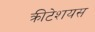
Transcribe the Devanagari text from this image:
क्रीटेशयस